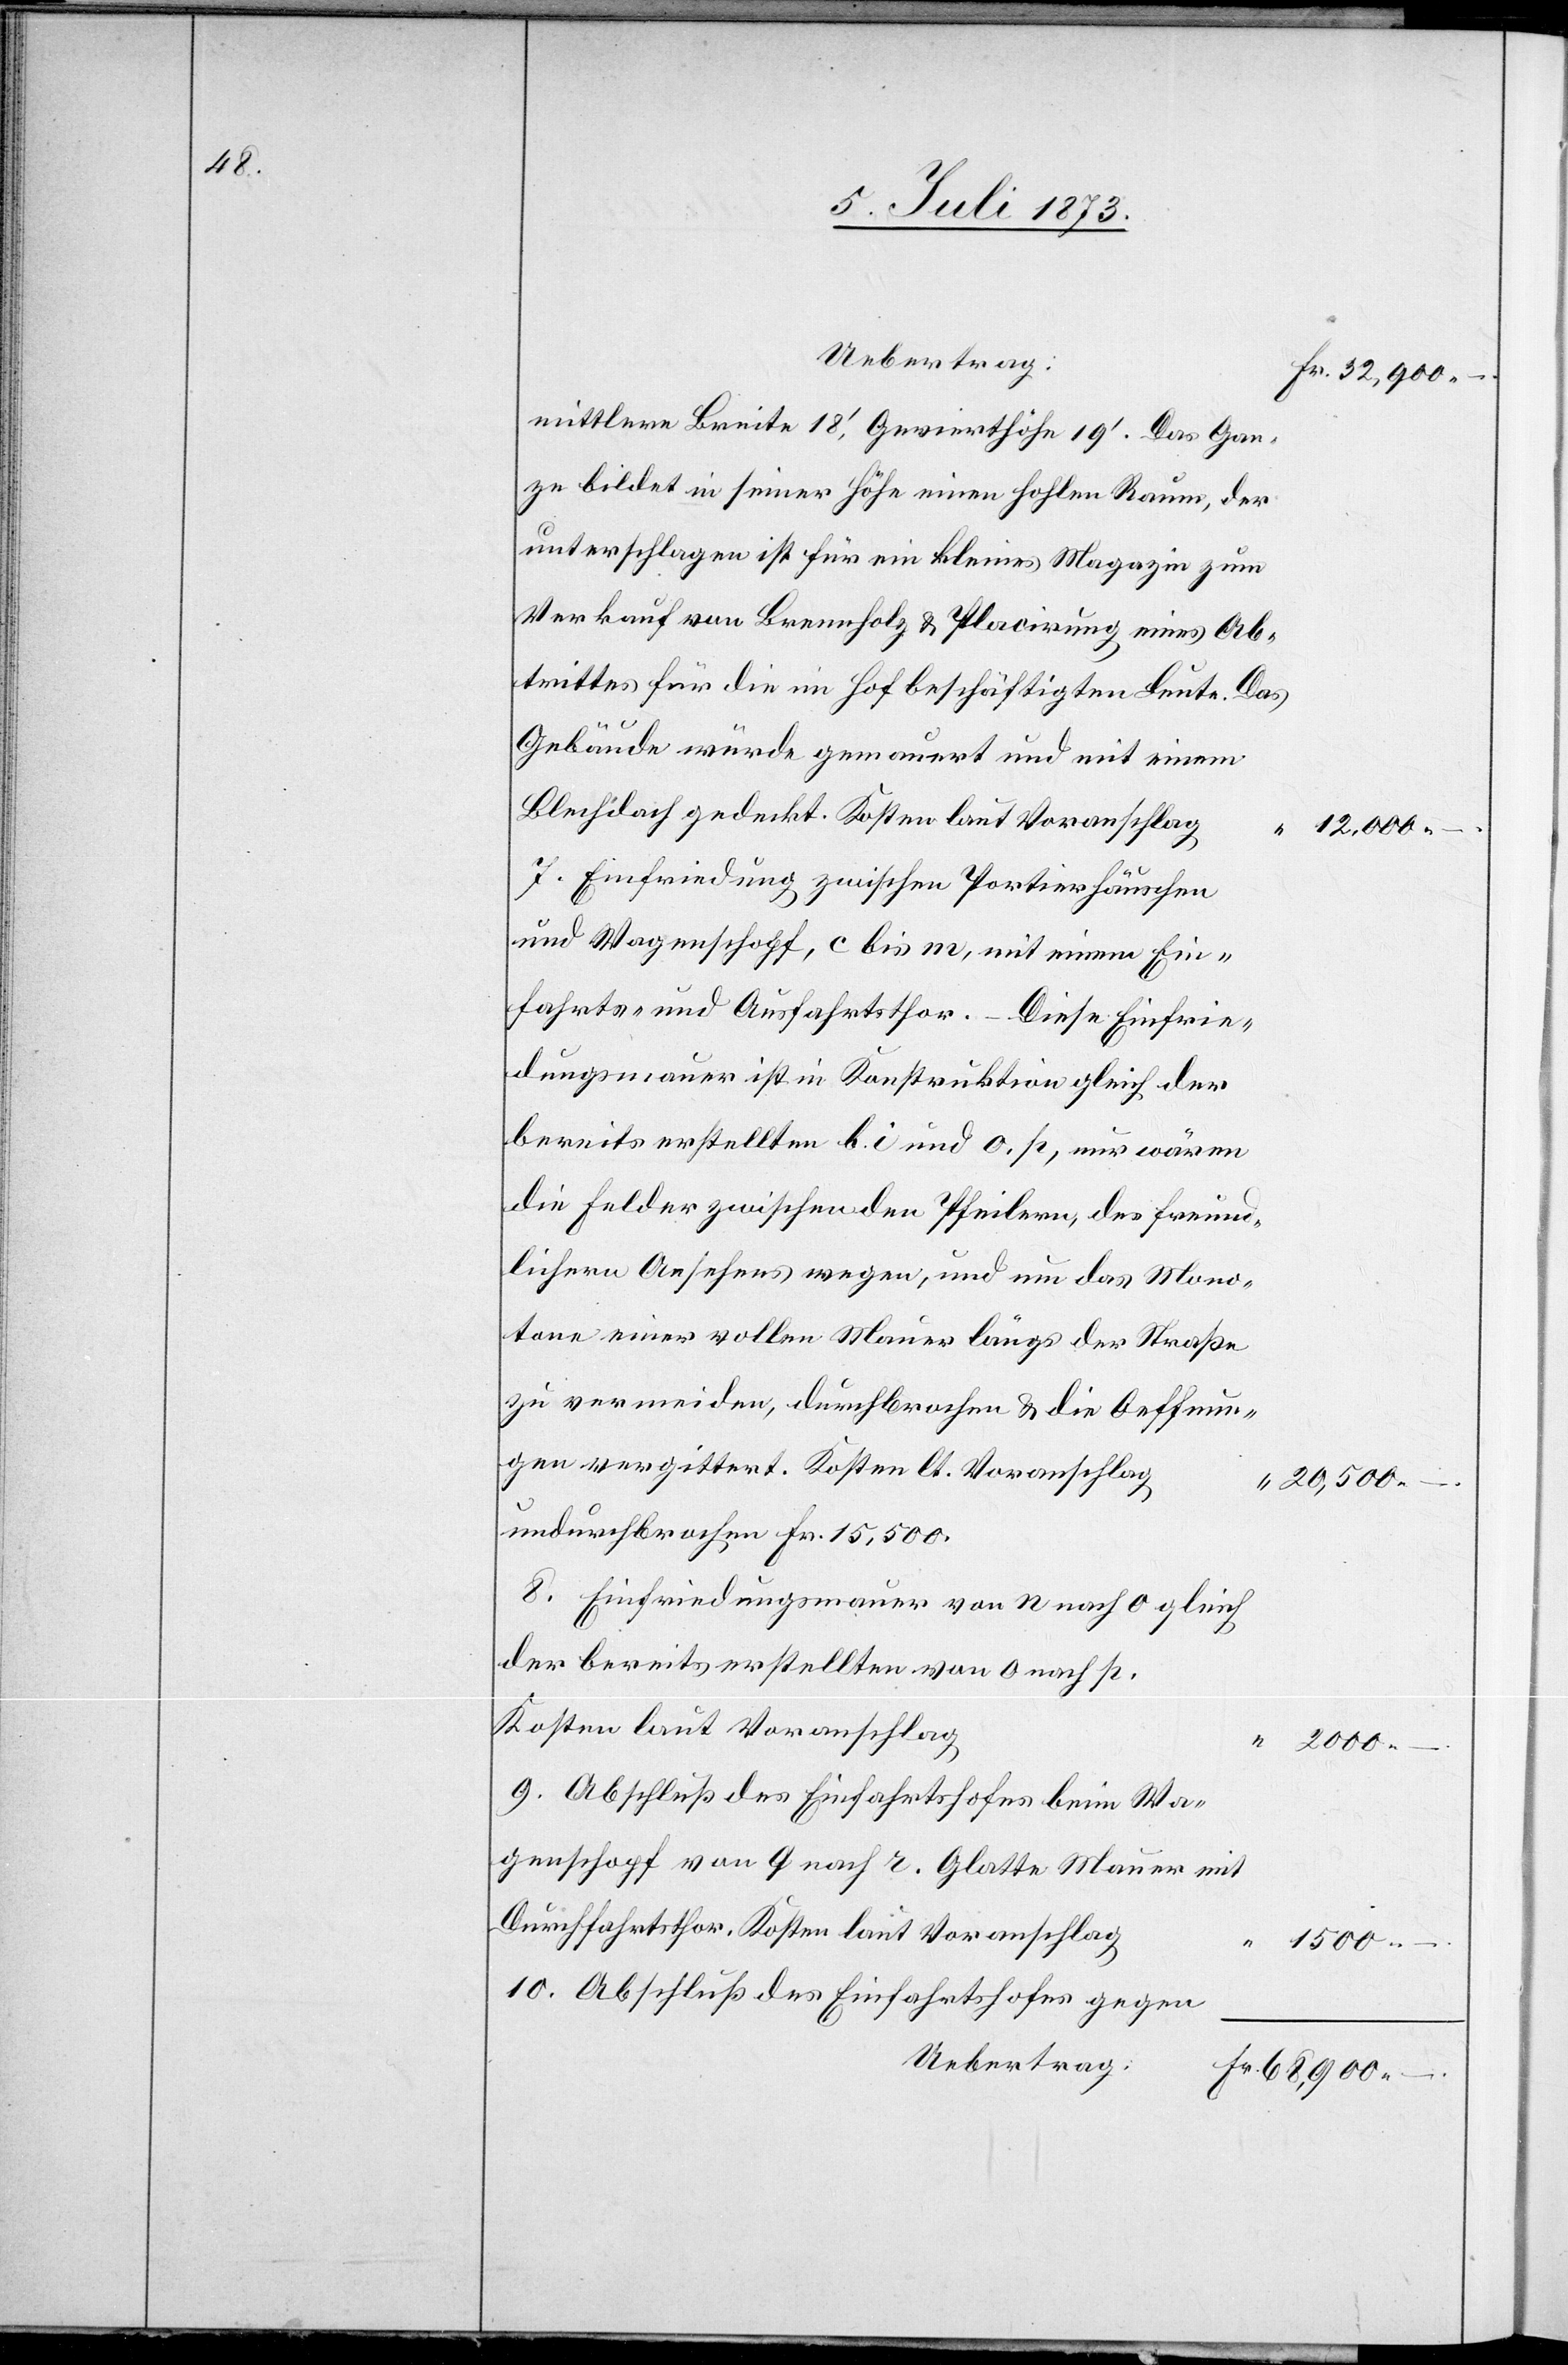
mittlere Breite 18‘, Gevierthöhe 19‘. Das Gan¬
ze bildet in seiner Höhe einen solchen Raum, der
unterschlagen ist für ein kleines Magazin zum
Verkauf von Brennholz & Placirung eines Ab¬
trittes für die im Hof beschäftigten Leute. Das
Gebäude würde gemauert und mit einem
Blechdach gedeckt. Kosten laut Voranschlag
12,000 –.
7. Einfriedung zwischen Portierhäuschen
und Wagenschopf, c bis m, mit einem Ein¬
fahrts- und Ausfahrtsthor. – Diese Einfrie¬
dungsmauer ist in Konstruktion gleich der
bereits erstellten b. i und o. p, nur wären
die Felder zwischen den Pfeilern, des freund¬
lichern Ansehens wegen, und um das Mono¬
tone einer vollen Mauer längs der Straße
zu vermeiden, durchbrochen & die Oeffnun¬
gen vergittert. Kosten lt. Voranschlag
20,500 –.
undurchbrochen Fr. 15,500.
8. Einfriedungsmauer von n nach o gleich
der bereits erstellten von o nach p.
Kosten laut Voranschlag
2 000 –.
9. Abschluß des Einfahrtshofes gegen
Uebertrag: